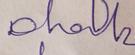
Signature authenticity: genuine